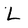
Character: L